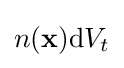
n(\mathbf {x} )\mathrm {d} V_{t}